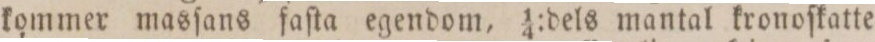
kommer masſans faſta egendom, 1/4:dels mantal kronoſkatte